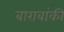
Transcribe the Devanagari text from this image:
बाराबांकी